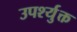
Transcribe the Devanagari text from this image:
उपर्श्युक्त